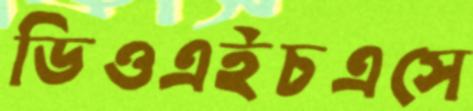
ডিওএইচএসে